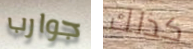
جوارب كذلك